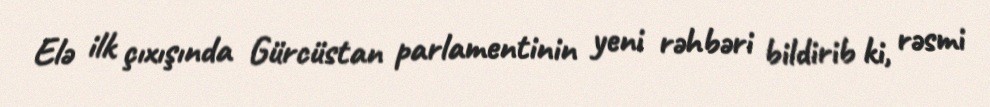
Elə ilk çıxışında Gürcüstan parlamentinin yeni rəhbəri bildirib ki, rəsmi